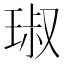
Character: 琡